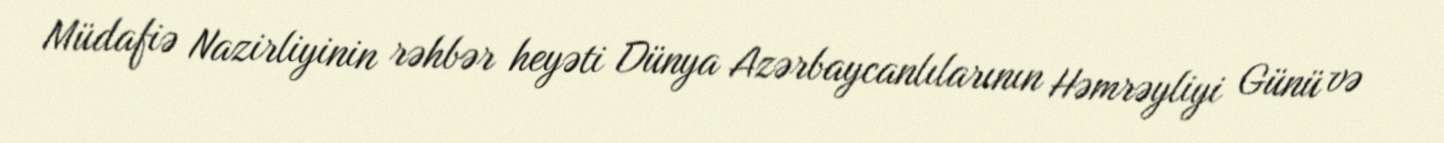
Müdafiə Nazirliyinin rəhbər heyəti Dünya Azərbaycanlılarının Həmrəyliyi Günü və